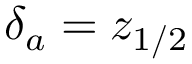
\delta _ { a } = z _ { 1 / 2 }